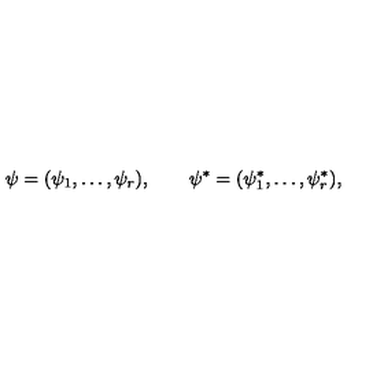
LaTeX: \psi = ( \psi _ { 1 } , \ldots , \psi _ { r } ) , \qquad \psi ^ { * } = ( \psi _ { 1 } ^ { * } , \ldots , \psi _ { r } ^ { * } ) ,